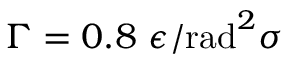
\Gamma = 0 . 8 ~ \epsilon / \mathrm { r a d } ^ { 2 } \sigma